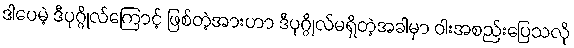
ဒါပေမဲ့ ဒီပုဂ္ဂိုလ်ကြောင့် ဖြစ်တဲ့အားဟာ ဒီပုဂ္ဂိုလ်မရှိတဲ့အခါမှာ ဝါးအစည်းပြေသလို